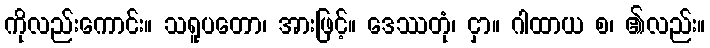
ကိုလည်းကောင်း။ သရူပတော၊ အားဖြင့်။ ဒေဿတုံ၊ ငှာ။ ဂါထာယ စ၊ ၏လည်း။